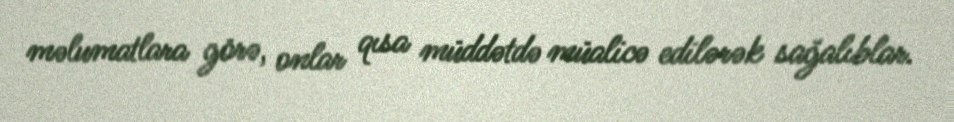
məlumatlara görə, onlar qısa müddətdə müalicə edilərək sağalıblar.